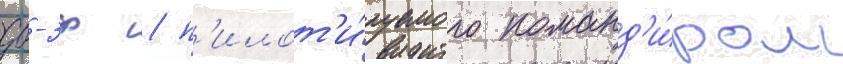
дб-3ф / п'илот'и́руемого команд'и́ром